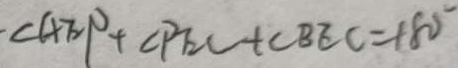
\angle A E P + \angle P E C + \angle B E C = 1 8 0 ^ { \circ }